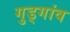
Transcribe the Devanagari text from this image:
गुड्गांव